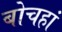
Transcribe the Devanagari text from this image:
बोचहां